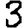
Digit: 3